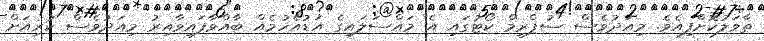
ތާވަލުކޮށްފިއެވެ. މިއަދުވެސް ސުޕްރީމް ކޯޓުގައި އެ މައްސަލައިގެ އަޑުއެހުމެއް ބާއްވާފައިވާއިރު މިއަދުވެސް ކުރިއަށް